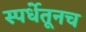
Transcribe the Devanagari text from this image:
स्पर्धेतूनच